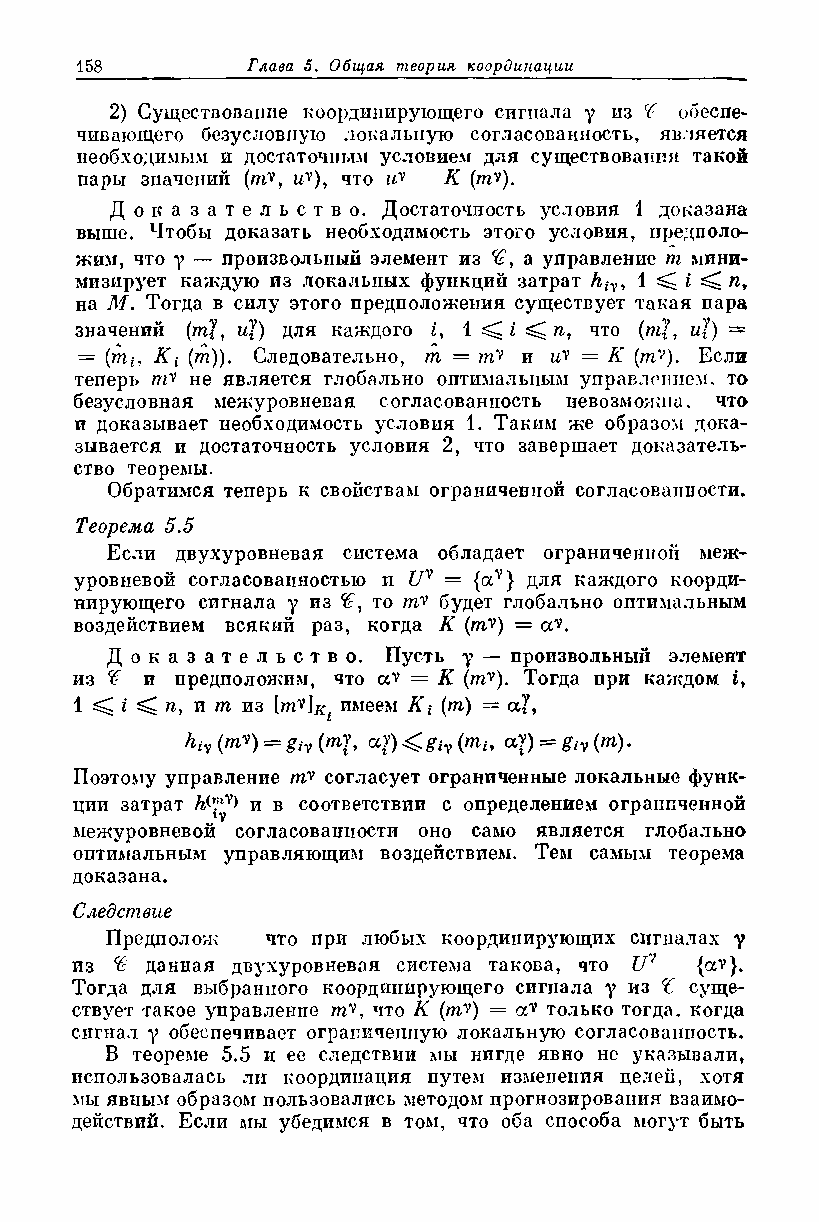
2) Существование координирующего сигнала у из Т обеспе­
 чивающего безусловную локальную согласованность, является
 необходимым и достаточным условием для существования такой
 пары значений (пУ, uY), что гУ К (тУ).
 Д о к а з а т е л ь с т в о . Достаточность условия 1 доказана
 выше. Чтобы доказать необходимость этого условия, предполо­
 жим, что у — произвольный элемент из а управление т мини­
 мизирует каждую из локальных функций затрат hiy, 1 ^ i ^ пу
 на М. Тогда в силу этого предположения существует такая пара
 значений {т}, и}) для каждого i, 1 ^ i ^ п, что {т(, uj) =
 = (nii, Кi (т)). Следовательно, т = пС} и гУ = К (mv). Если
 теперь пУ не является глобально оптимальным управлением, то
 безусловная межуровневая согласованность невозможна, что
 и доказывает необходимость условия 1. Таким же образом дока­
 зывается и достаточность условия 2, что завершает доказатель­
 ство теоремы.
 Обратимся теперь к свойствам ограниченной согласованности.
 Теорема 5.5
 Если двухуровневая система обладает ограниченной меж­
 уровневой согласованностью и f/v = {av} для каждого коорди­
 нирующего сигнала у из Z, то тУ будет глобально оптимальным
 воздействием всякий раз, когда К {тУ) = а?.
 Д о к а з а т е л ь с т в о . Пусть у — произвольных! элемент
 из ^ и предположим, что av = К (mv). Тогда при каждом iy
 1 ^ i ^ п, и т из [тУ]Кь имеем Kt (т) = aj,
 hiv(mv) = giv(my, аУ)<4.giv(mi9 ay) = giy(m).
 Поэтому управление тУ согласует ограниченные локальные функ­
 ции затрат  и в соответствии с определением ограниченной
 межуровневой согласованности оно само является глобально
 оптимальным управляющим воздействием. Тем самым теорема
 доказана.
 Следствие
 Предполож  что при любых координирующих сигналах у
 из Тс данная двухуровневая система такова, что U! {av}.
 Тогда для выбранного координирующего сигнала у из Z суще­
 ствует такое управление mv, что К (т^) = только тогда, когда
 сигнал у обеспечивает ограниченную локальную согласованность.
 В теореме 5.5 и ее следствии мы нигде явно нс указывали,
 использовалась ли координация путем изменения целей, хотя
 мы явным образом пользовались методом прогнозирования взаимо­
 действий. Если мы убедимся в том, что оба способа могут быть